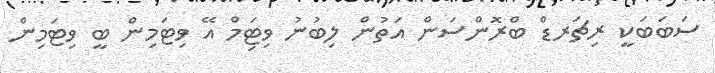
ސަބަބަކީ ރިޗަރޑް ބްރޮންސަން އަތުން ލިބުނު ވިޓަިމް އޭ ވިޓަމިން ބީ ވިޓަމިން